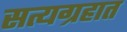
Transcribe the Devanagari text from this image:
सत्यग्रहात